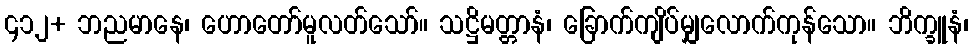
၄၁၂+ ဘညမာနေ၊ ဟောတော်မူလတ်သော်။ သဋ္ဌိမတ္တာနံ၊ ခြောက်ကျိပ်မျှလောက်ကုန်သော။ ဘိက္ခူနံ၊